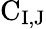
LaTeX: \mathrm{C}_{\mathrm{I,J}}